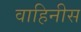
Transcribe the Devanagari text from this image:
वाहिनीस